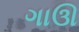
ગાઊ